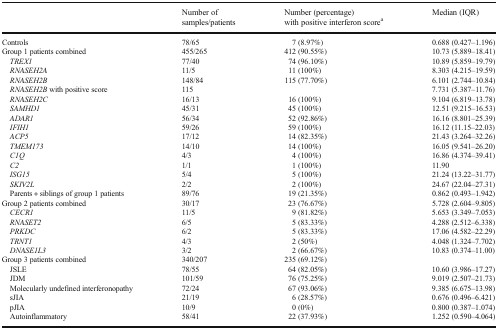
<table><thead><tr><td></td><td><b>Number of samples/patients</b></td><td><b>Number (percentage) with positive interferon score<sup>a</sup></b></td><td><b>Median (IQR)</b></td></tr></thead><tbody><tr><td>Controls</td><td>78/65</td><td>7 (8.97%)</td><td>0.688 (0.427–1.196)</td></tr><tr><td>Group 1 patients combined</td><td>455/265</td><td>412 (90.55%)</td><td>10.73 (5.889–18.41)</td></tr><tr><td> <i>TREX1</i></td><td>77/40</td><td>74 (96.10%)</td><td>10.89 (5.859–19.79)</td></tr><tr><td> <i>RNASEH2A</i></td><td>11/5</td><td>11 (100%)</td><td>8.303 (4.215–19.59)</td></tr><tr><td> <i>RNASEH2B</i></td><td>148/84</td><td>115 (77.70%)</td><td>6.101 (2.744–10.84)</td></tr><tr><td> <i>RNASEH2B</i> with positive score</td><td>115</td><td></td><td>7.731 (5.387–11.76)</td></tr><tr><td> <i>RNASEH2C</i></td><td>16/13</td><td>16 (100%)</td><td>9.104 (6.819–13.78)</td></tr><tr><td> <i>SAMHD1</i></td><td>45/31</td><td>45 (100%)</td><td>12.51 (9.215–16.53)</td></tr><tr><td> <i>ADAR1</i></td><td>56/34</td><td>52 (92.86%)</td><td>16.16 (8.801–25.39)</td></tr><tr><td> <i>IFIH1</i></td><td>59/26</td><td>59 (100%)</td><td>16.12 (11.15–22.03)</td></tr><tr><td> <i>ACP5</i></td><td>17/12</td><td>14 (82.35%)</td><td>21.43 (3.264–32.26)</td></tr><tr><td> <i>TMEM173</i></td><td>14/10</td><td>14 (100%)</td><td>16.05 (9.541–26.20)</td></tr><tr><td> <i>C1Q</i></td><td>4/3</td><td>4 (100%)</td><td>16.86 (4.374–39.41)</td></tr><tr><td> <i>C2</i></td><td>1/1</td><td>1 (100%)</td><td>11.90</td></tr><tr><td> <i>ISG15</i></td><td>5/4</td><td>5 (100%)</td><td>21.24 (13.22–31.77)</td></tr><tr><td> <i>SKIV2L</i></td><td>2/2</td><td>2 (100%)</td><td>24.67 (22.04–27.31)</td></tr><tr><td> Parents + siblings of group 1 patients</td><td>89/76</td><td>19 (21.35%)</td><td>0.862 (0.493–1.942)</td></tr><tr><td>Group 2 patients combined</td><td>30/17</td><td>23 (76.67%)</td><td>5.728 (2.604–9.805)</td></tr><tr><td> <i>CECR1</i></td><td>11/5</td><td>9 (81.82%)</td><td>5.653 (3.349–7.053)</td></tr><tr><td> <i>RNASET2</i></td><td>6/5</td><td>5 (83.33%)</td><td>4.288 (2.512–6.338)</td></tr><tr><td> <i>PRKDC</i></td><td>6/2</td><td>5 (83.33%)</td><td>17.06 (4.582–22.29)</td></tr><tr><td> <i>TRNT1</i></td><td>4/3</td><td>2 (50%)</td><td>4.048 (1.324–7.702)</td></tr><tr><td> <i>DNASE1L3</i></td><td>3/2</td><td>2 (66.67%)</td><td>10.83 (0.374–11.00)</td></tr><tr><td>Group 3 patients combined</td><td>340/207</td><td>235 (69.12%)</td><td></td></tr><tr><td> JSLE</td><td>78/55</td><td>64 (82.05%)</td><td>10.60 (3.986–17.27)</td></tr><tr><td> JDM</td><td>101/59</td><td>76 (75.25%)</td><td>9.019 (2.507–21.73)</td></tr><tr><td> Molecularly undefined interferonopathy</td><td>72/24</td><td>67 (93.06%)</td><td>9.385 (6.675–13.98)</td></tr><tr><td> sJIA</td><td>21/19</td><td>6 (28.57%)</td><td>0.676 (0.496–6.421)</td></tr><tr><td> pJIA</td><td>10/9</td><td>0 (0%)</td><td>0.800 (0.387–1.074)</td></tr><tr><td> Autoinflammatory</td><td>58/41</td><td>22 (37.93%)</td><td>1.252 (0.590–4.064)</td></tr></tbody></table>